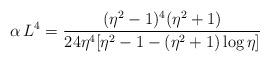
LaTeX: \begin{align*}\alpha\,L^4 = \frac{(\eta^2-1)^4(\eta^2+1)}{24 \eta^4[\eta^2-1-(\eta^2+1)\log{\eta}]}\end{align*}